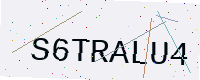
Text: S6TRALU4